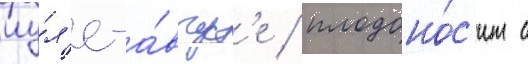
иу́л'е-а́вгуст'е / плодоно́с'ит с